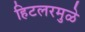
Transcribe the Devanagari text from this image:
हिटलरमुळे